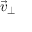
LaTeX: { \vec { v } } _ { \bot }